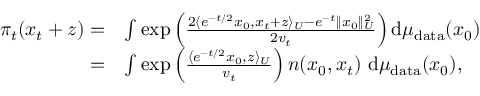
\begin{array} { r l } { \pi _ { t } ( x _ { t } + z ) = } & { \int \exp \left( \frac { 2 \langle e ^ { - t / 2 } x _ { 0 } , x _ { t } + z \rangle _ { U } - e ^ { - t } \| x _ { 0 } \| _ { U } ^ { 2 } } { 2 v _ { t } } \right) \mathrm { d } \mu _ { \mathrm { d a t a } } ( x _ { 0 } ) } \\ { = } & { \int \exp \left( \frac { \langle e ^ { - t / 2 } x _ { 0 } , z \rangle _ { U } } { v _ { t } } \right) n ( x _ { 0 } , x _ { t } ) ~ \mathrm { d } \mu _ { \mathrm { d a t a } } ( x _ { 0 } ) , } \end{array}